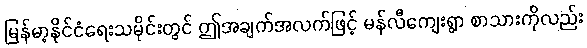
မြန်မာ့နိုင်ငံရေးသမိုင်းတွင် ဤအချက်အလက်ဖြင့် မန်လီကျေးရွာ စာသားကိုလည်း